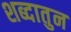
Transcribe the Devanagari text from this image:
शब्दातुन